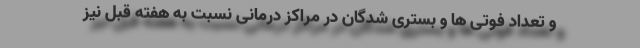
و تعداد فوتی ها و بستری شدگان در مراکز درمانی نسبت به هفته قبل نیز